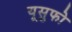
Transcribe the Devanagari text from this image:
यूसुफो